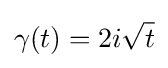
\gamma (t)=2i{\sqrt {t}}